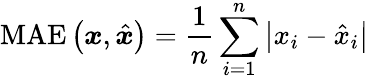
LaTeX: \mathrm{MAE}\left(\boldsymbol{x},\hat{\boldsymbol{x}}\right)=\frac{1}{n}\sum_{i=1}^{n}\left|x_{i}-\hat{x}_{i}\right|